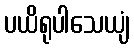
ပယိရုပါသေယျံ